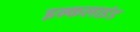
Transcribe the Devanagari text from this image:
इन्कलाइंड